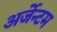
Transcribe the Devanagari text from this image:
अर्जेन्टम